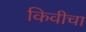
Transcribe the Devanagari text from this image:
किवीचा